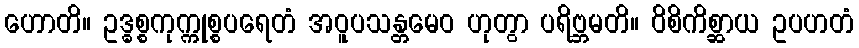
ဟောတိ။ ဥဒ္ဓစ္စကုက္ကုစ္စပရေတံ အဝူပသန္တမေဝ ဟုတွာ ပရိဗ္ဘမတိ။ ဝိစိကိစ္ဆာယ ဥပဟတံ